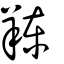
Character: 䍶